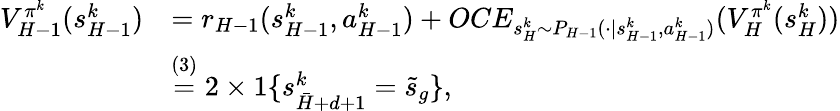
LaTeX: \begin{array}{rl}{V_{H-1}^{\pi^{k}}(s_{H-1}^{k})}&{=r_{H-1}(s_{H-1}^{k},a_{H-1}^{k})+OCE_{s_{H}^{k}\sim P_{H-1}(\cdot\vert s_{H-1}^{k},a_{H-1}^{k})}(V_{H}^{\pi^{k}}(s_{H}^{k}))}\\ &{\overset{(3)}{=}2\times 1\{ s_{\bar{H}+d+1}^{k}=\tilde{s}_{g}\} ,}\end{array}